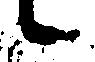
候